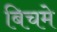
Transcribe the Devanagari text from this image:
बिचमे